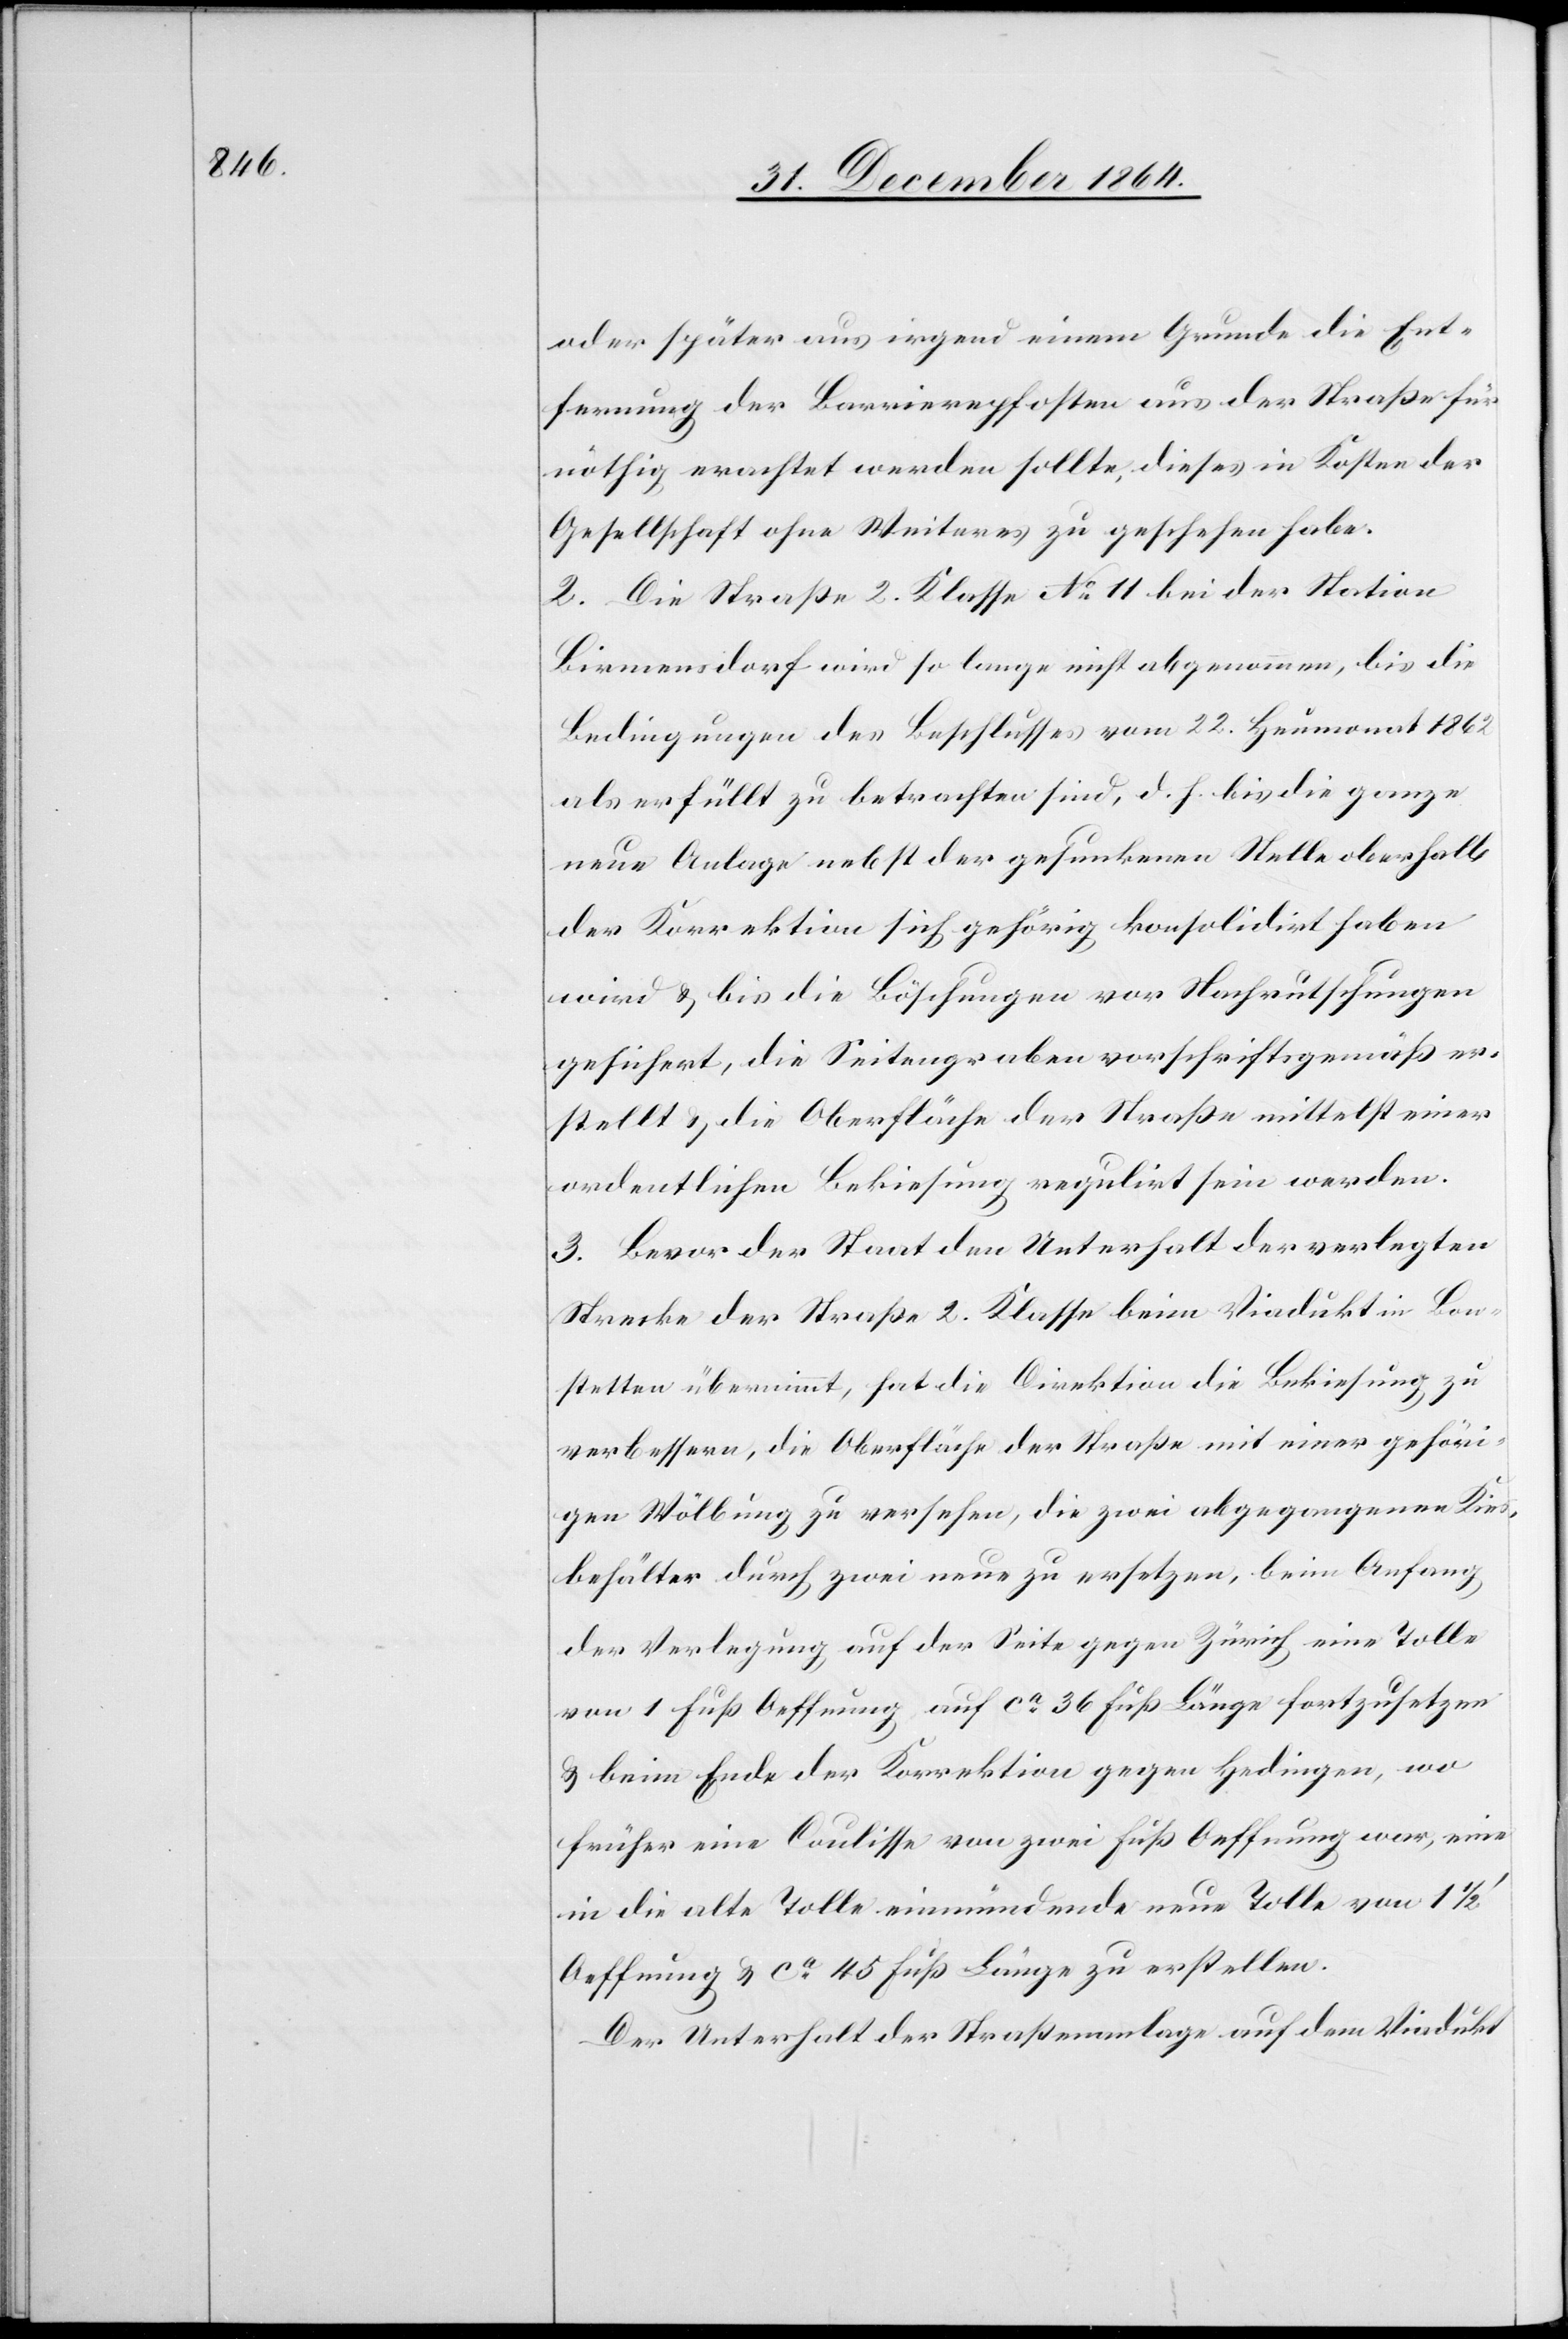
oder später aus irgend einem Grunde die Ent¬
fernung der Barrierepfosten aus der Straße für
nöthig erachtet werden sollte, dieses in Kosten der
Gesellschaft ohne Weiteres zu geschehen habe.
2. Die Straße 2. Klasse No 11 bei der Station
Birmensdorf wird so lange nicht abgenommen, bis die
Bedingungen des Beschlusses vom 22. Heumonat 1862
als erfüllt zu betrachten sind, d. h. bis die ganze
neue Anlage nebst der gesunkenen Stelle oberhalb
der Korrektion sich gehörig konsolidirt haben
wird & bis die Böschungen vor Nachrutschungen
gesichert, die Seitengraben vorschriftsgemäß er¬
stellt & die Oberfläche der Straße mittelst einer
ordentlichen Bekiesung regulirt sein werden.
3. Bevor der Staat den Unterhalt der verlegten
Strecke der Straße 2. Klasse beim Viadukt in Bon¬
stetten übernimmt, hat die Direktion die Bekiesung zu
verbessern, die Oberfläche der Straße mit einer gehöri¬
gen Wölbung zu versehen, die zwei abgegangenen Kies¬
behälter durch zwei neue zu ersetzen, beim Anfang
der Verlegung auf der Seite gegen Zürich eine Tolle
von 1 Fuß Oeffnung auf ca 36 Fuß Länge fortzusetzen
& beim Ende der Korrektion gegen Hedingen, wo
früher eine Coulisse von zwei Fuß Oeffnung war, eine
in die alte Tolle einmündenden neue Tolle von 1 1/2’
Oeffnung & ca 45 Fuß Länge zu erstellen.
Der Unterhalt der Straßenanlage auf dem Viadukt